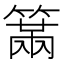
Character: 𥲈